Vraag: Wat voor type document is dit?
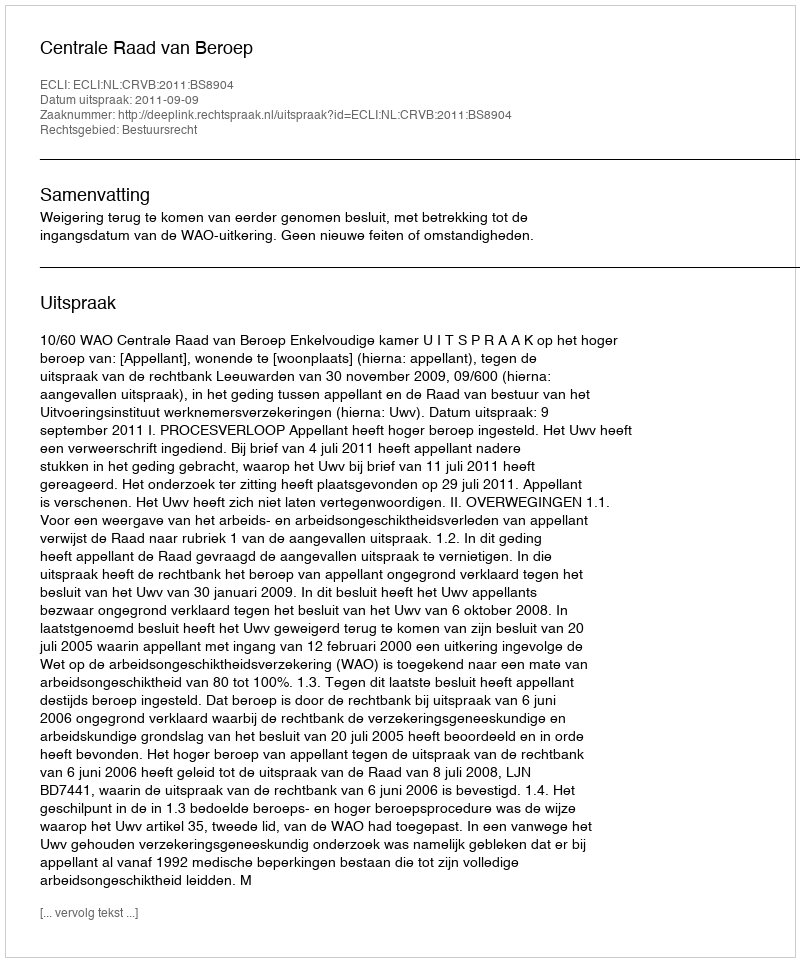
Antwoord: Uitspraak